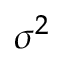
\sigma ^ { 2 }